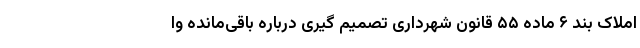
املاک بند ۶ ماده ۵۵ قانون شهرداری تصمیم گیری درباره باقی‌مانده وا